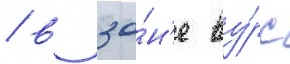
/ в зо́н'е ву́рс